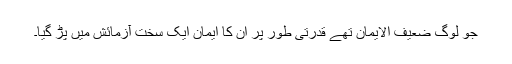
جو لوگ ضعیف الایمان تھے قدرتی طور پر ان کا ایمان ایک سخت آزمائش میں پڑ گیا۔